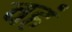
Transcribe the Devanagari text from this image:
वहं